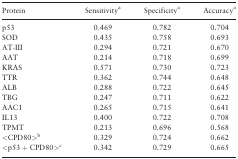
| Protein | Sensitivitya | Specificitya | Accuracya |
 | --- | --- | --- | --- |
 | p53 | 0.469 | 0.782 | 0.704 |
 | SOD | 0.435 | 0.758 | 0.693 |
 | AT-III | 0.294 | 0.721 | 0.670 |
 | AAT | 0.214 | 0.718 | 0.699 |
 | KRAS | 0.571 | 0.730 | 0.723 |
 | TTR | 0.362 | 0.744 | 0.648 |
 | ALB | 0.288 | 0.722 | 0.645 |
 | TBG | 0.247 | 0.711 | 0.622 |
 | AAC1 | 0.265 | 0.715 | 0.641 |
 | IL13 | 0.400 | 0.722 | 0.708 |
 | TPMT | 0.213 | 0.696 | 0.568 |
 | <CPD80>b | 0.329 | 0.724 | 0.662 |
 | <p53 + CPD80>c | 0.342 | 0.729 | 0.665 |